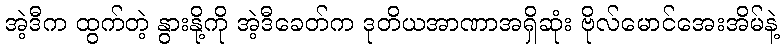
အဲ့ဒီက ထွက်တဲ့ နွားနို့ကို အဲ့ဒီခေတ်က ဒုတိယအာဏာအရှိဆုံး ဗိုလ်မောင်အေးအိမ်နဲ့